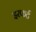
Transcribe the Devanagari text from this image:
इरफर्ट